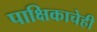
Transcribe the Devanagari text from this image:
पाक्षिकाचेही